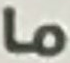
ما